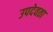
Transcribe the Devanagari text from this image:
उपदेवता